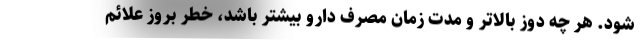
شود. هر چه دوز بالاتر و مدت زمان مصرف دارو بیشتر باشد، خطر بروز علائم